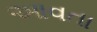
આવતા